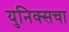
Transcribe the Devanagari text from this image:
युनिक्सचा